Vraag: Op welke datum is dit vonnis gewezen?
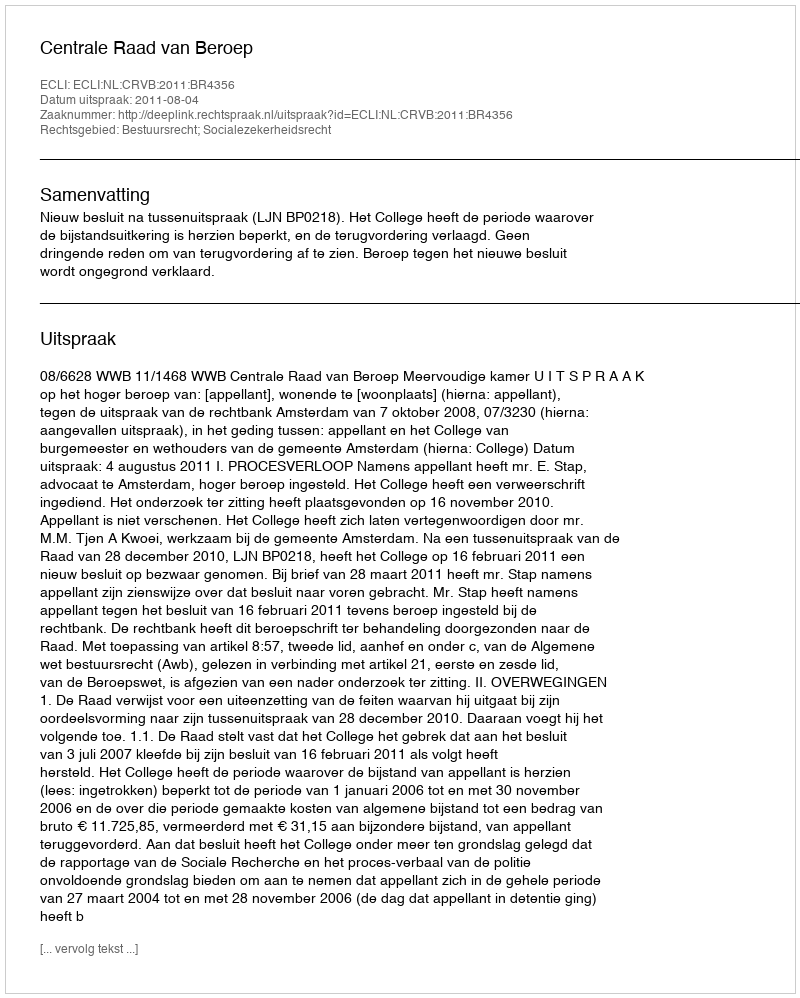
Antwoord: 2011-08-04